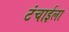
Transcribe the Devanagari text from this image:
टंचाईला